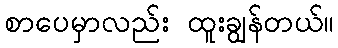
စာပေမှာလည်း ထူးချွန်တယ်။